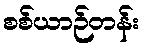
စစ်ယာဉ်တန်း